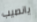
يانصيب